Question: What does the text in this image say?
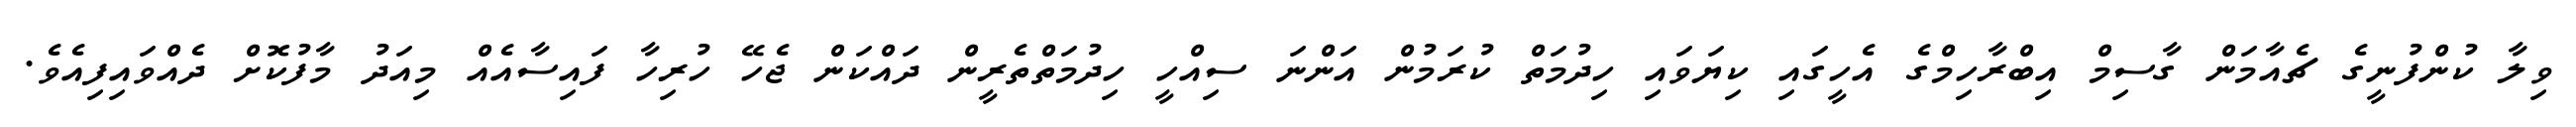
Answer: ވިލާ ކުންފުނީގެ ޗެއާމަން ގާސިމް އިބްރާހިމްގެ އެހީގައި ކިޔަވައި ހިދުމަތް ކުރަމުން އަންނަ ސިއްހީ ހިދުމަތްތެރީން ދައްކަން ޖެހޭ ހުރިހާ ފައިސާއެއް މިއަދު މާފުކޮށް ދެއްވައިފިއެވެ.